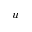
u